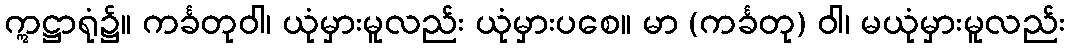
ဣဋ္ဌာရုံ၌။ ကင်္ခတုဝါ၊ ယုံမှားမူလည်း ယုံမှားပစေ။ မာ (ကင်္ခတု) ဝါ၊ မယုံမှားမူလည်း